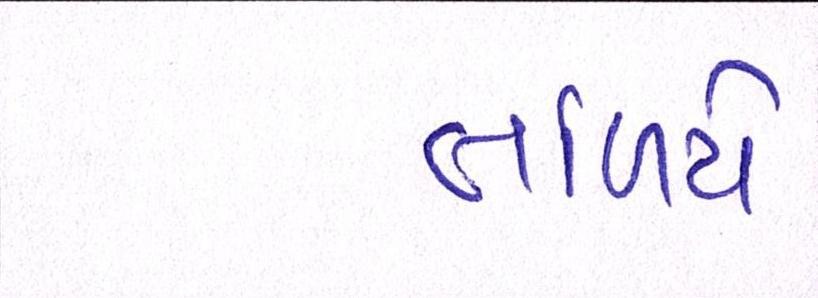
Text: તળિયે